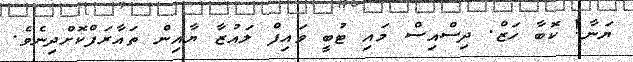
ޔަނާ! ކޮބާ ހަޒް. ދިސްއިސް މައި ޓުބީ ވައިފް ލައުޒާ ޔާއިން ތައާރަފްކޮށްދިނެވެ.